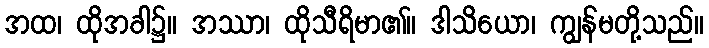
အထ၊ ထိုအခါ၌။ အဿာ၊ ထိုသီရိမာ၏။ ဒါသိယော၊ ကျွန်မတို့သည်။